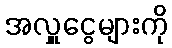
အလှူငွေများကို